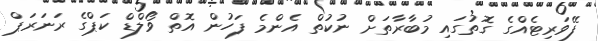
ފޭވަރިޓެއްގެ ގޮތުގައި މުބާރާތަށް ނުކުތް އެންމެ ފަހުން އޮތް ވޯލްޑް ކަޕްގެ ރަނަރަޕް